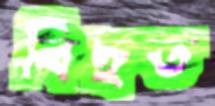
বিছত